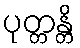
ပုတ္တန္တိ